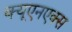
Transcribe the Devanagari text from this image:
क्यूएनएक्स